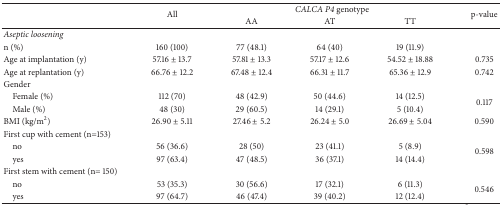
<table><thead><tr><td rowspan="2"><b> </b></td><td rowspan="2"><b>All</b></td><td colspan="3"><b><i>CALCA P4</i> genotype</b></td><td rowspan="2"><b>p-value</b></td></tr><tr><td><b>AA</b></td><td><b>AT</b></td><td><b>TT</b></td></tr></thead><tbody><tr><td><i>Aseptic loosening</i></td><td> </td><td> </td><td> </td><td> </td><td> </td></tr><tr><td>n (%)</td><td>160 (100)</td><td>77 (48.1)</td><td>64 (40)</td><td>19 (11.9)</td><td> </td></tr><tr><td>Age at implantation (y)</td><td>57.16 ± 13.7</td><td>57.81 ± 13.3</td><td>57.17 ± 12.6</td><td>54.52 ± 18.88</td><td>0.735</td></tr><tr><td>Age at replantation (y)</td><td>66.76 ± 12.2</td><td>67.48 ± 12.4</td><td>66.31 ± 11.7</td><td>65.36 ± 12.9</td><td>0.742</td></tr><tr><td>Gender</td><td> </td><td> </td><td> </td><td> </td><td> </td></tr><tr><td> Female (%)</td><td>112 (70)</td><td>48 (42.9)</td><td>50 (44.6)</td><td>14 (12.5)</td><td rowspan="2">0.117</td></tr><tr><td> Male (%)</td><td>48 (30)</td><td>29 (60.5)</td><td>14 (29.1)</td><td>5 (10.4)</td></tr><tr><td>BMI (kg/m<sup>2</sup>)</td><td>26.90 ± 5.11</td><td>27.46 ± 5.2</td><td>26.24 ± 5.0</td><td>26.69 ± 5.04</td><td>0.590</td></tr><tr><td>First cup with cement (n=153)</td><td> </td><td> </td><td> </td><td> </td><td> </td></tr><tr><td> no</td><td>56 (36.6)</td><td>28 (50)</td><td>23 (41.1)</td><td>5 (8.9)</td><td rowspan="2">0.598</td></tr><tr><td> yes</td><td>97 (63.4)</td><td>47 (48.5)</td><td>36 (37.1)</td><td>14 (14.4)</td></tr><tr><td>First stem with cement (n= 150)</td><td> </td><td> </td><td> </td><td> </td><td> </td></tr><tr><td> no</td><td>53 (35.3)</td><td>30 (56.6)</td><td>17 (32.1)</td><td>6 (11.3)</td><td rowspan="2">0.546</td></tr><tr><td> yes</td><td>97 (64.7)</td><td>46 (47.4)</td><td>39 (40.2)</td><td>12 (12.4)</td></tr></tbody></table>